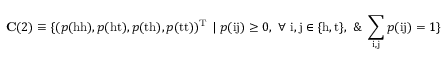
\mathbf { C } ( 2 ) \equiv \{ ( p ( \mathrm { h h } ) , p ( \mathrm { h t } ) , p ( \mathrm { t h } ) , p ( \mathrm { t t } ) ) ^ { \mathrm { T } } ~ | ~ p ( \mathrm { i j } ) \ge 0 , ~ \forall ~ \mathrm { i } , \mathrm { j } \in \{ \mathrm { h } , \mathrm { t } \} , ~ \& ~ \sum _ { \mathrm { i } , \mathrm { j } } p ( \mathrm { i j } ) = 1 \}